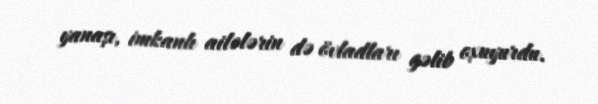
yanaşı, imkanlı ailələrin də övladları gəlib oxuyurdu.